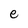
Character: e